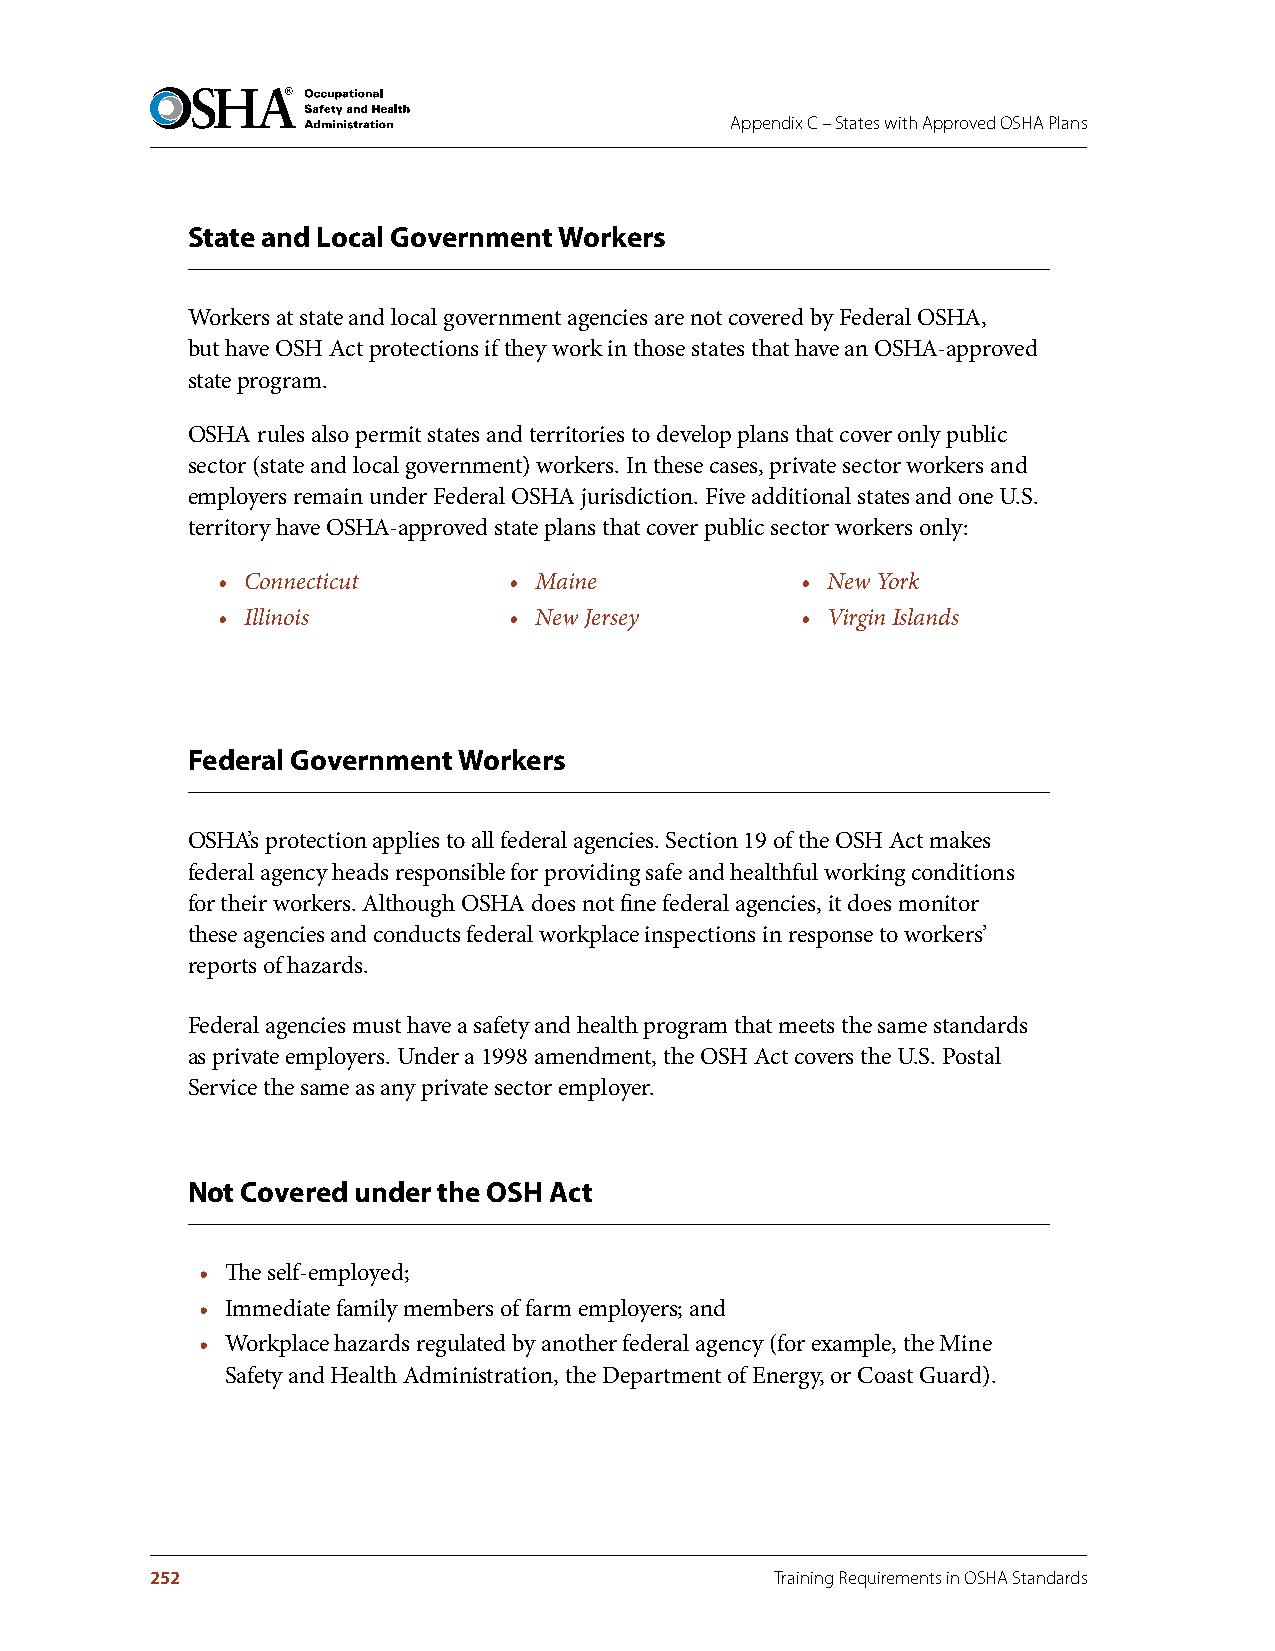
Appendix C – States with Approved OSHA Plans
 State and Local Government Workers
 Workers at state and local government agencies are not covered by Federal OSHA,
 but have OSH Act protections if they work in those states that have an OSHA-approved
 state program.
 OSHA rules also permit states and territories to develop plans that cover only public
 sector (state and local government) workers. In these cases, private sector workers and
 employers remain under Federal OSHA jurisdiction. Five additional states and one U.S.
 territory have OSHA-approved state plans that cover public sector workers only:
 • Connecticut       • Maine            • New York
 • Illinois          • New Jersey       • Virgin Islands
 Federal Government Workers
 OSHA’s protection applies to all federal agencies. Section 19 of the OSH Act makes
 federal agency heads responsible for providing safe and healthful working conditions
 for their workers. Although OSHA does not fine federal agencies, it does monitor
 these agencies and conducts federal workplace inspections in response to workers’
 reports of hazards.
 Federal agencies must have a safety and health program that meets the same standards
 as private employers. Under a 1998 amendment, the OSH Act covers the U.S. Postal
 Service the same as any private sector employer.
 Not Covered under the OSH Act
 • The self-employed;
 • Immediate family members of farm employers; and
 • Workplace hazards regulated by another federal agency (for example, the Mine
 Safety and Health Administration, the Department of Energy, or Coast Guard).
 252                                      Training Requirements in OSHA Standards